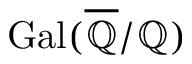
\operatorname { G a l } ( { \overline { { \mathbb { Q } } } } / \mathbb { Q } )